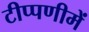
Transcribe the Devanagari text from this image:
टीप्‍पणीमें